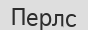
Перлс